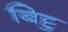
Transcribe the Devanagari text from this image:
बिट्टु